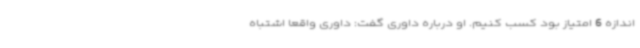
اندازه 6 امتیاز بود کسب کنیم. او درباره داوری گفت: داوری واقعا اشتباه